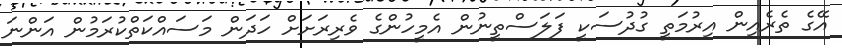
އޭގެ ތެރެއިން އިރުމަތީ ގުދުސަކީ ފަލަސްތީނުން އެމީހުންގެ ވެރިރަށަށް ހަދަން މަސައްކަތްކުރަމުން އަންނަ